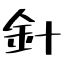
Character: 針